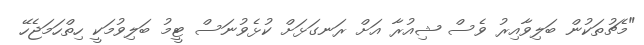
"މެޗުތަކުން ބަލިވާއިރު ވެސް ޝިއުރާ އަށް ރަނގަޅަށް ކުޅެވުނަސް ޓީމު ބަލިވުމަކީ ހިތްހަމަޖެހޭ